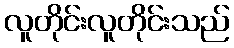
လူတိုင်းလူတိုင်းသည်